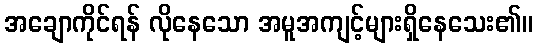
အချောကိုင်ရန် လိုနေသော အမူအကျင့်များရှိနေသေး၏။